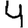
Digit: 4